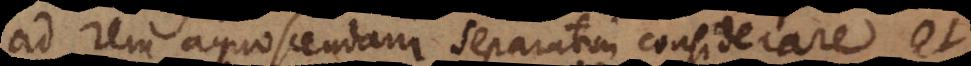
ad rem agnoscendam separatim considerare et